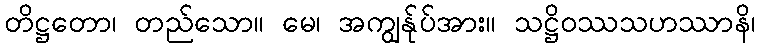
တိဋ္ဌတော၊ တည်သော။ မေ၊ အကျွန်ုပ်အား။ သဋ္ဌိဝဿသဟဿာနိ၊